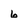
Character: 6